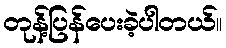
တုန့်ပြန်ပေးခဲ့ပါတယ်။